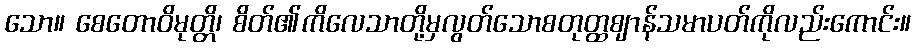
သော။ စေတောဝိမုတ္တိ၊ စိတ်၏ကိလေသာတို့မှလွတ်သောစတုတ္ထဈာန်သမာပတ်ကိုလည်းကောင်း။